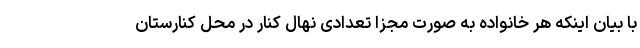
با بیان اینکه هر خانواده به صورت مجزا تعدادی نهال کنار در محل کنارستان